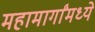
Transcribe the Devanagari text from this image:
महामार्गांमध्ये